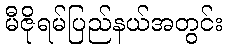
မီဇိုရမ်ပြည်နယ်အတွင်း